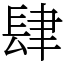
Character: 肆